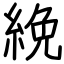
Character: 絻